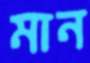
মান